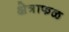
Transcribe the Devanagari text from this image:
क्षेत्राफळ